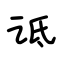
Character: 诋